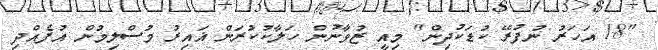
"18 އަހަރު ނުފުރޭ ކުޑަކުދިން" މިއީ ޒުވާނުން ހަލާކުކުރަން ޣައިރު މުސްލިމުން އުފެއްދި